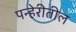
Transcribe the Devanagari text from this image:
पन्हेरीतील